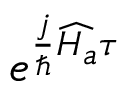
e ^ { \frac { j } { \hbar } \widehat { H _ { a } } \tau }